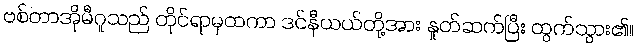
ဗစ်တာအိုမီဂူသည် တိုင်ရာမှထကာ ဒင်နီယယ်တို့အား နှုတ်ဆက်ပြီး ထွက်သွား၏။